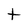
Character: t